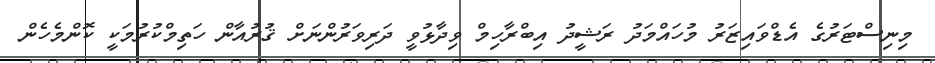
މިނިސްޓަރުގެ އެޑްވައިޒަރު މުހައްމަދު ރަޝީދު އިބްރާހިމް ވިދާޅުވީ ދަރިވަރުންނަށް ޤުރުއާން ހަތިމްކުރުމަކީ ކޮންމެހެން